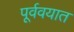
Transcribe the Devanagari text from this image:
पूर्ववयात